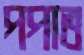
পপাত